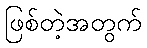
ဖြစ်တဲ့အတွက်